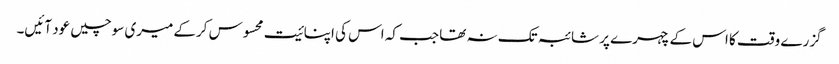
گزرے وقت کا اس کے چہرے پر شائبہ تک نہ تھا جب کہ اس کی اپنائیت محسوس کرکے میری سوچیں عود آئیں۔